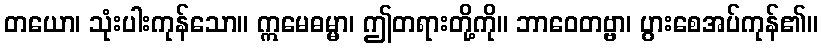
တယော၊ သုံးပါးကုန်သော။ ဣမေဓမ္မာ၊ ဤတရားတို့ကို။ ဘာဝေတဗ္ဗာ၊ ပွားစေအပ်ကုန်၏။